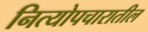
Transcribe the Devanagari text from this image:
नित्योपचारातील